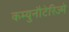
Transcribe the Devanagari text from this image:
कम्युनौटेरिज्मे